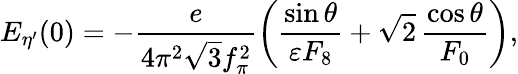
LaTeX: E_{\eta^{\prime}}(0)=-\frac{e}{4\pi^{2}\sqrt{3}f_{\pi}^{2}}\left(\frac{\sin\theta}{\varepsilon F_{8}}+\sqrt{2}\, \frac{\cos\theta}{F_{0}}\right),